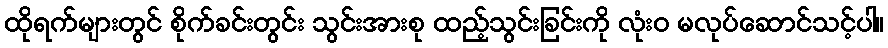
ထိုရက်များတွင် စိုက်ခင်းတွင်း သွင်းအားစု ထည့်သွင်းခြင်းကို လုံးဝ မလုပ်ဆောင်သင့်ပါ။